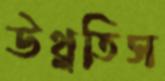
উথ্‌লতিস